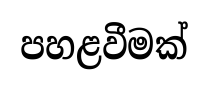
පහළවීමක්